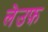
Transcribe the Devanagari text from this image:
लेउफ़